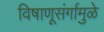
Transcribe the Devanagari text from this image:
विषाणूसंर्गामुळे